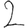
Digit: 2